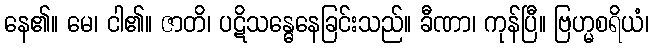
နေ၏။ မေ၊ ငါ၏။ ဇာတိ၊ ပဋိသန္ဓေနေခြင်းသည်။ ခီဏာ၊ ကုန်ပြီ။ ဗြဟ္မစရိယံ၊